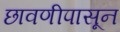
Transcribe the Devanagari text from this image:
छावणीपासून